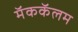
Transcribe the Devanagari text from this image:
मॅककॅलम